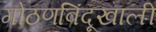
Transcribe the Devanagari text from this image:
गोठणबिंदूखाली